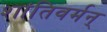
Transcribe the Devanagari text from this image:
शांतिवर्मन्